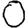
Digit: 0